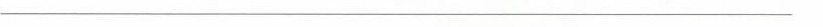
____________